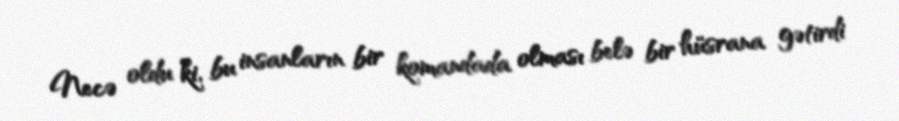
Necə oldu ki, bu insanların bir komandada olması belə bir hüsrana gətirdi